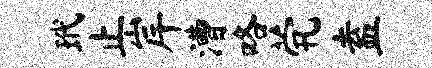
玳止岸漕咯茕盍